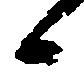
候